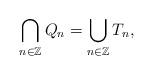
LaTeX: \begin{align*}\bigcap_{n\in\mathbb{Z}}Q_n=\bigcup_{n\in\mathbb{Z}}T_n,\end{align*}